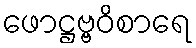
ဖောဋ္ဌဗ္ဗဝိစာရေ